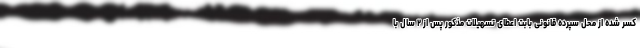
کسر شده از محل سپرده قانونی بابت اعطای تسهیلات مذکور پس از ۲ سال با